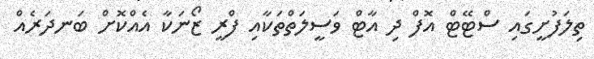
ތިލަފުށީގައި ސްޓޭޓް އޮފް ދި އާޓް ވަސީލަތްތަކާއި ފްރީ ޒޯނަކާ އެއްކޮށް ބަނދަރެއް